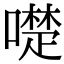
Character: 𠿝